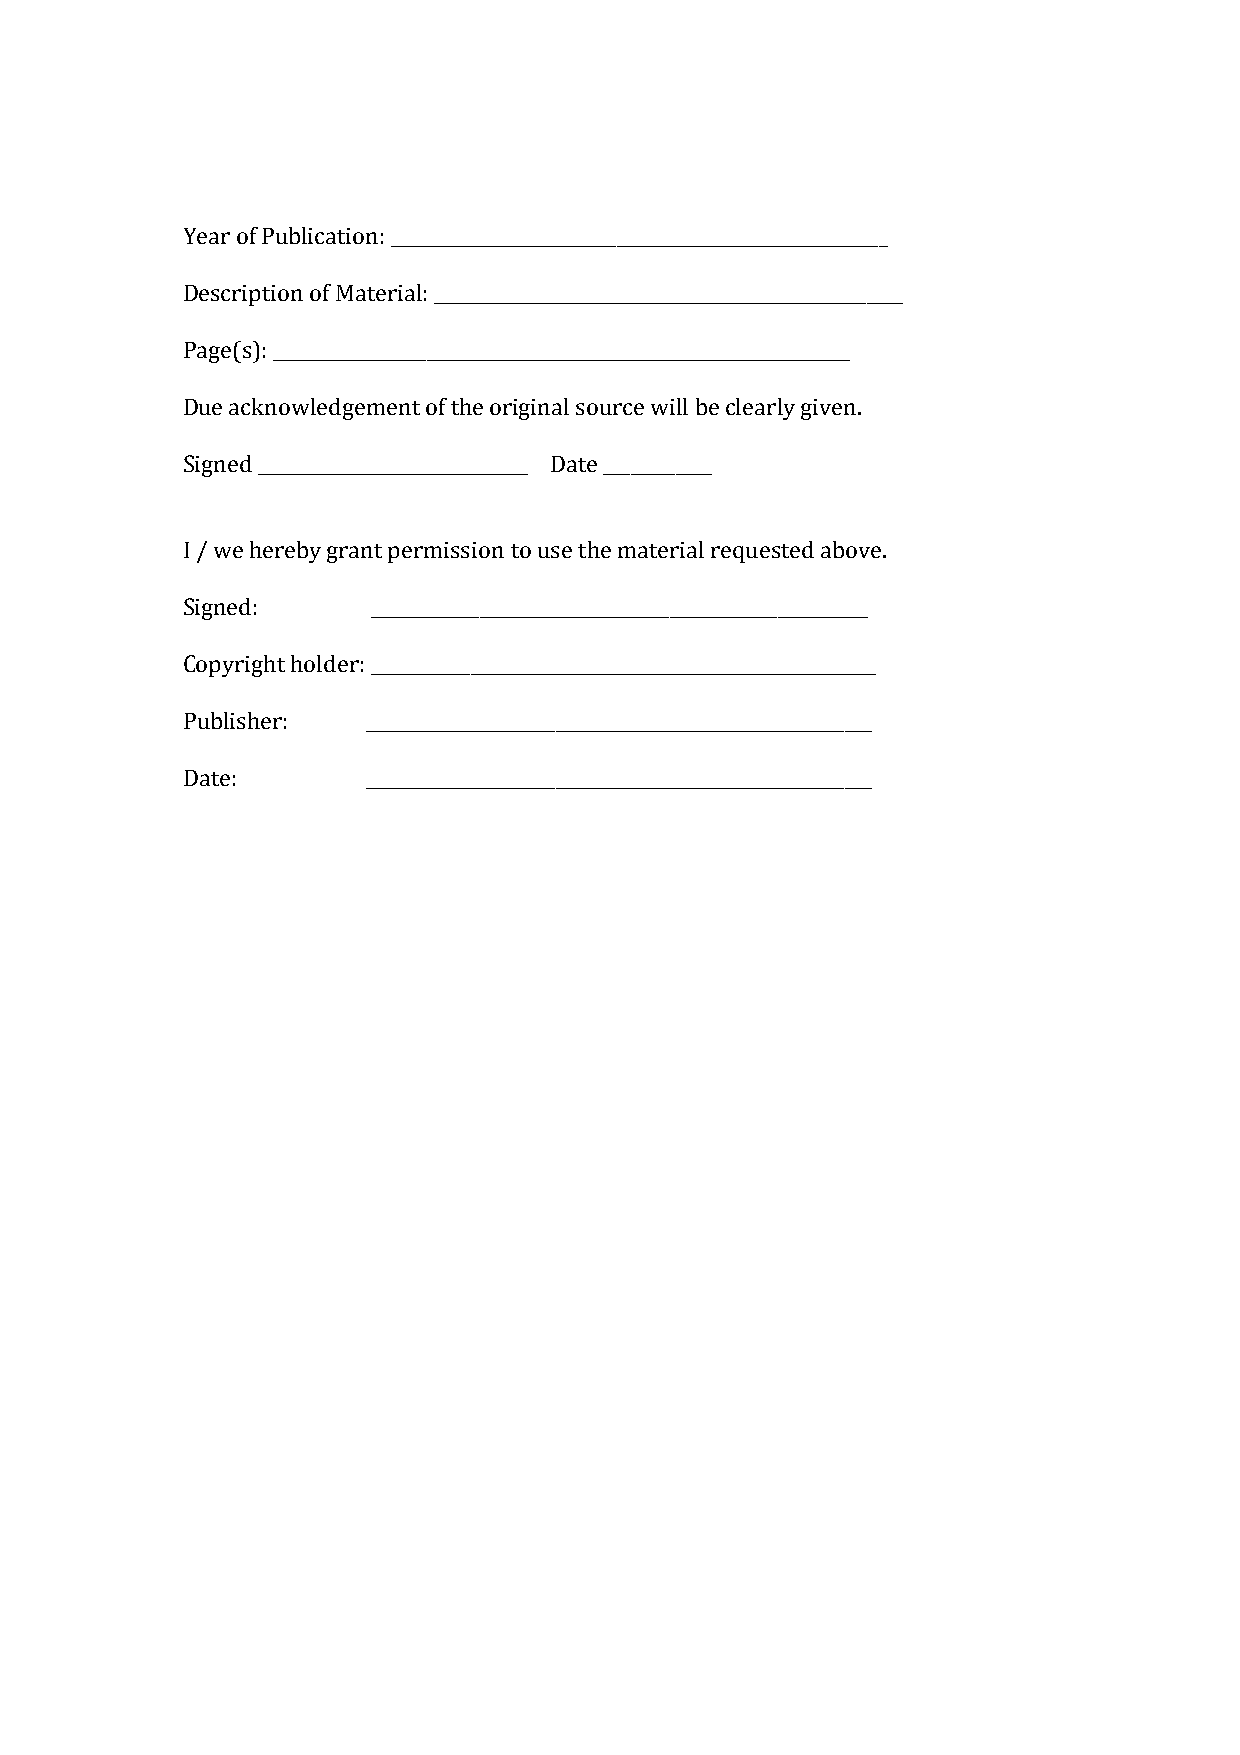
Year of Publication: _______________________________________________________
 Description of Material: ____________________________________________________
 Page(s): ________________________________________________________________
 Due acknowledgement of the original source will be clearly given.
 Signed ______________________________ Date ____________
 I / we hereby grant permission to use the material requested above.
 Signed:      _______________________________________________________
 Copyright holder: ________________________________________________________
 Publisher:  ________________________________________________________
 Date:       ________________________________________________________